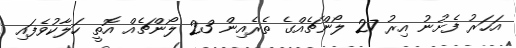
އަހަރު ފެށުނު އިރު 27 ލޯންޗެއްގެ ތެރެއިން 23 ލޯންޗެއް އޮތީ ހަލާކުވެފައި